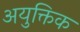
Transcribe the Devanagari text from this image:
अयुक्तिक